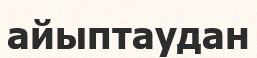
айыптаудан